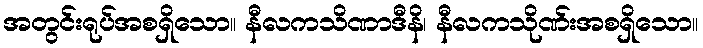
အတွင်းရုပ်အစရှိသော။ နီလကသိဏာဒီနိ၊ နီလကသိုဏ်းအစရှိသော။